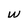
Character: w